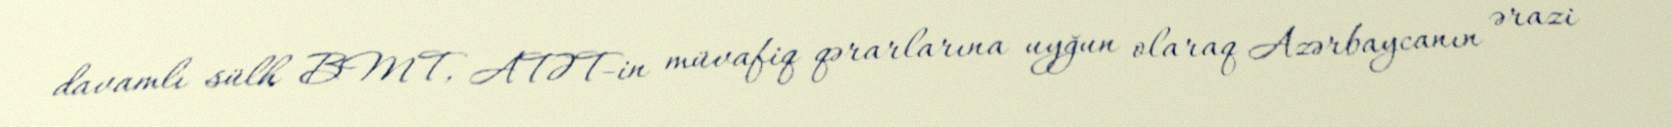
davamlı sülh BMT, ATƏT-in müvafiq qərarlarına uyğun olaraq Azərbaycanın ərazi